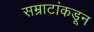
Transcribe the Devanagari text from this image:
सम्राटांकडून